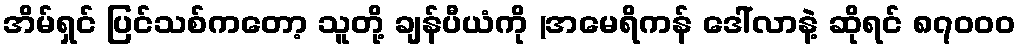
အိမ်ရှင် ပြင်သစ်ကတော့ သူတို့ ချန်ပီယံကို (အမေရိကန် ဒေါ်လာနဲ့ ဆိုရင် ၈၇၀၀၀